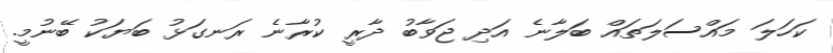
ކަހަލަ މައްސަލަތައް ބަލާނެ އަދި ޖަވާބު ދާރީ ކުރާނެ ރަނގަޅު ބަޔަކު ބޭނުމީ.